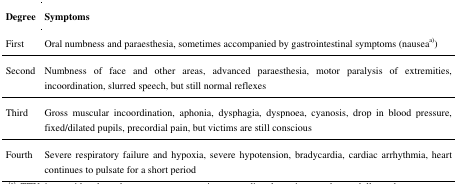
<table><thead><tr><td><b>Degree</b></td><td><b>Symptoms</b></td></tr></thead><tbody><tr><td>First</td><td>Oral numbness and paraesthesia, sometimes accompanied by gastrointestinal symptoms (nauseaa))</td></tr><tr><td>Second</td><td>Numbness of face and other areas, advanced paraesthesia, motor paralysis of extremities, incoordination, slurred speech, but still normal reflexes</td></tr><tr><td>Third</td><td>Gross muscular incoordination, aphonia, dysphagia, dyspnoea, cyanosis, drop in blood pressure, fixed/dilated pupils, precordial pain, but victims are still conscious</td></tr><tr><td>Fourth</td><td>Severe respiratory failure and hypoxia, severe hypotension, bradycardia, cardiac arrhythmia, heart continues to pulsate for a short period</td></tr></tbody></table>